Annual report of the Punjab Veterinary College and of the Civil Veterinary Department, Punjab - 1920-1925
Year: 1920
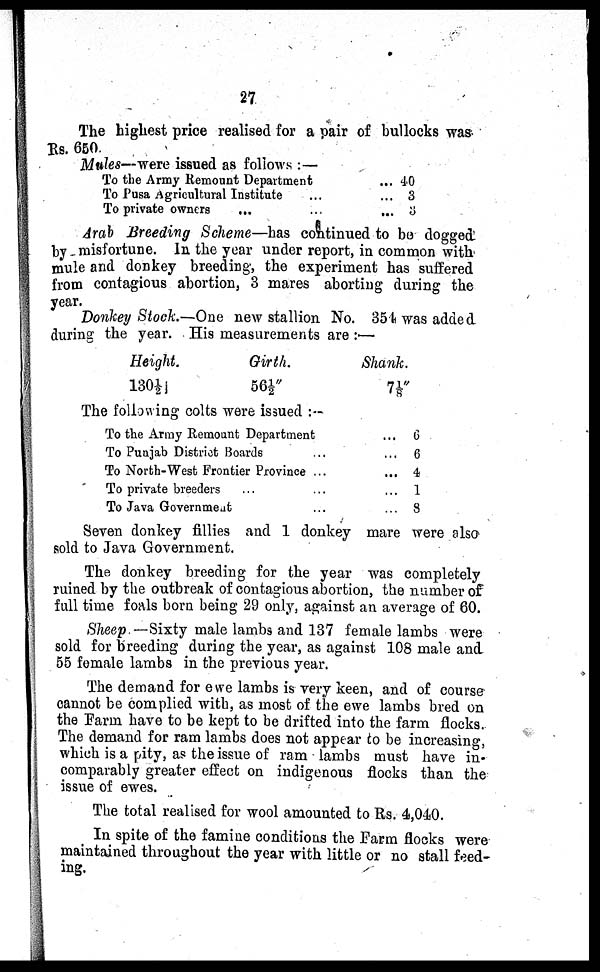
27
The highest price realised for a pair of bullocks was
Rs. 650.
Mules—were issued as follows:—
To the Army Remount Department
To Pusa Agricultural Institute ...
To private owners
... ...
... 40
... 3
... 3
Arab Breeding Scheme—has continued to be dogged
by misfortune. In the year under report, in common with
mule and donkey breeding, the experiment has suffered
from contagious abortion, 3 mares aborting during the
year.
Donkey Stock.—One new stallion No. 354 was added
during the year. His measurements are:—
Height.
130½ j
Girth.
56½"
Shank.
7 1/8 "
The following colts were issued:—
To the Army Remount Department
To Punjab District Boards ...
To North-West Frontier Province ...
To private breeders ... ...
To Java Government ...
... 6
... 6
... 4
... 1
... 8
Seven donkey fillies and 1 donkey mare were also
sold to Java Government.
The donkey breeding for the year was completely
ruined by the outbreak of contagious abortion, the number of
full time foals born being 29 only, against an average of 60.
Sheep—Sixty male lambs and 137 female lambs were
sold for breeding during the year, as against 108 male and
55 female lambs in the previous year.
The demand for ewe lambs is very keen, and of course
cannot be complied with, as most of the ewe lambs bred on
the Farm have to be kept to be drifted into the farm flocks.
The demand for ram lambs does not appear to be increasing,
which is a pity, as the issue of ram lambs must have in-
comparably greater effect on indigenous flocks than the
issue of ewes.
The total realised for wool amounted to Rs. 4,040.
In spite of the famine conditions the Farm flocks were
maintained throughout the year with little or no stall feed-
ing.